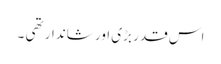
اس قدر بڑی اور شاندار تھی ۔